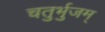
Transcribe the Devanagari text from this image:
चतुर्भुजम्